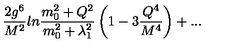
{ \frac { 2 g ^ { 6 } } { M ^ { 2 } } } l n { \frac { m _ { 0 } ^ { 2 } + Q ^ { 2 } } { m _ { 0 } ^ { 2 } + \lambda _ { 1 } ^ { 2 } } } \left( 1 - 3 { \frac { Q ^ { 4 } } { M ^ { 4 } } } \right) + . . .